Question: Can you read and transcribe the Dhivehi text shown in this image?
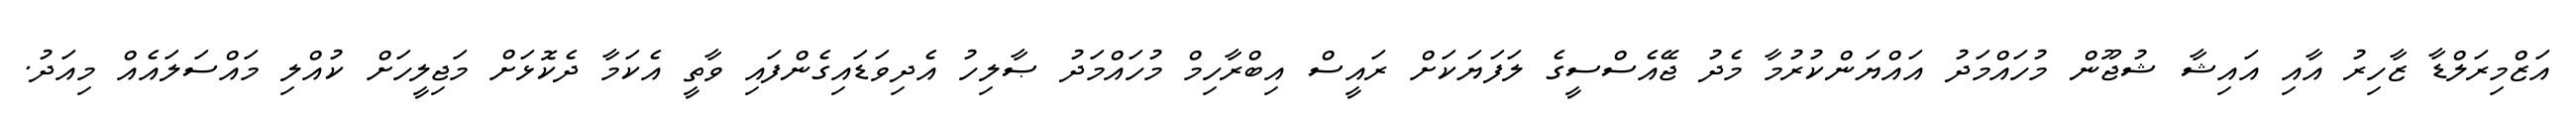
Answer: އަޒްމިރަލްޑާ ޒާހިރު އާއި އައިޝާ ޝުޖޫން މުހައްމަދު އައްޔަންކުރުމާ މެދު ޖޭއެސްސީގެ ލަފަޔަކަށް ރައީސް އިބްރާހިމް މުހައްމަދު ޞާލިހު އެދިވަޑައިގެންފައި ވާތީ އެކަމާ ދެކޮޅަށް މަޖިލީހަށް ކުއްލި މައްސަލައެއް މިއަދު.